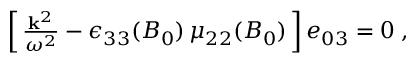
\begin{array} { r } { \left[ \, \frac { { \bf k } ^ { 2 } } { \omega ^ { 2 } } - \epsilon _ { 3 3 } ( B _ { 0 } ) \, \mu _ { 2 2 } ( B _ { 0 } ) \, \right] e _ { 0 3 } = 0 \; , } \end{array}